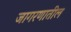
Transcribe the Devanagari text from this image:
जागरणातील